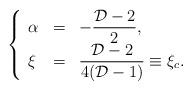
LaTeX: \begin{align*}\left\{\begin{array}{lll}\alpha & = & \displaystyle-{\frac{{\cal D}-2}{2}}, \\\xi & = & \displaystyle{\frac{{\cal D}-2}{4({\cal D}-1)}}\equiv\xi _{c}.\end{array}\right. \end{align*}